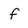
Character: f